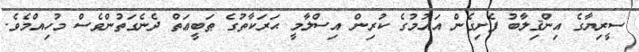
ސީރިޔާގެ އިންޤިލާބު ފެށިގެން އައުމުގެ ކުރިން އިސްލާމީ ޙަރަކާތުގެ ޠަބީޢަތް ދެނެގަތުންވެސް މުހިއްމެވެ.